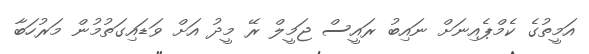
އަމީތުގެ ކެމްޕެއިނަށް ނައިބު ރައީސް ޖަމީލް ރޭ މީދު އަށް ވަޑައިގަތުމުން މަރުހަބާ